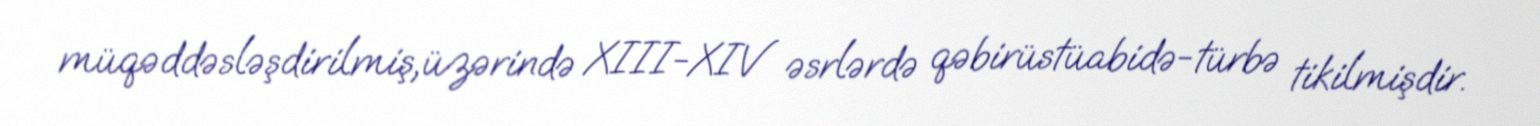
müqəddəsləşdirilmiş,üzərində XIII-XIV əsrlərdə qəbirüstüabidə-türbə tikilmişdir.